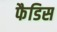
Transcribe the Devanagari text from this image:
फैडिस